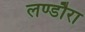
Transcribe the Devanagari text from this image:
लण्डौरा